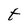
Character: t